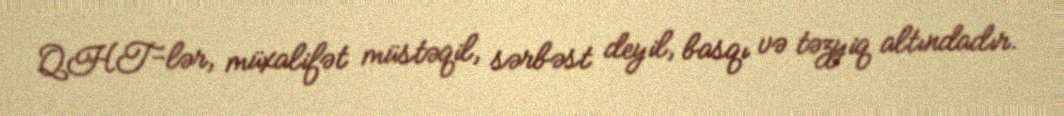
QHT-lər, müxalifət müstəqil, sərbəst deyil, basqı və təzyiq altındadır.